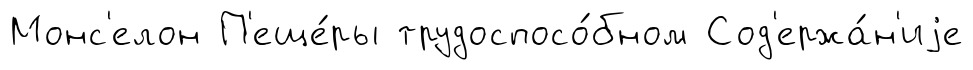
Монс'елон П'еще́ры трудоспосо́бном Сод'ержа́н'иjе